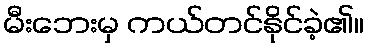
မီးဘေးမှ ကယ်တင်နိုင်ခဲ့၏။